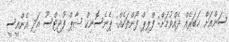
ސަންއަށް ޚަބަރެއް ދެއްވުމަށް: ފްލިޕް ފޯންތަކެއް: ޕެނެސޮނިކް ޝާޕް ފުޖިޓްސޫ އަދި އެންއީސީ